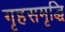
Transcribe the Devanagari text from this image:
गृहसमृद्धि